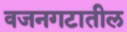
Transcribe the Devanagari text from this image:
वजनगटातील